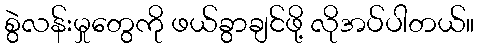
စွဲလန်းမှုတွေကို ဖယ်ခွာချင်ဖို့ လိုအပ်ပါတယ်။